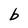
Character: b